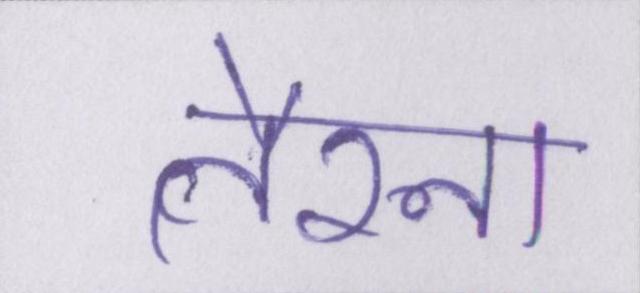
तैरना